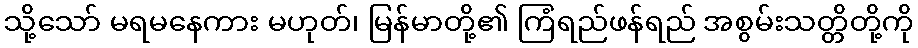
သို့သော် မရမနေကား မဟုတ်၊ မြန်မာတို့၏ ကြံရည်ဖန်ရည် အစွမ်းသတ္တိတို့ကို